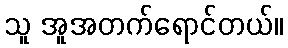
သူ အူအတက်ရောင်တယ်။